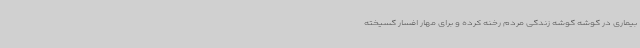
بیماری در گوشه گوشه زندگی مردم رخنه کرده و برای مهار افسار گسیخته